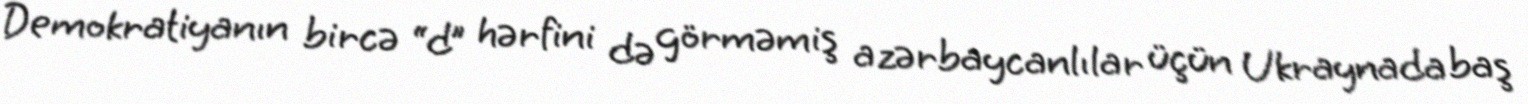
Demokratiyanın bircə “d” hərfini də görməmiş azərbaycanlılar üçün Ukraynada baş